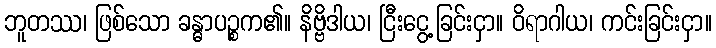
ဘူတဿ၊ ဖြစ်သော ခန္ဓာပဉ္စက၏။ နိဗ္ဗိဒါယ၊ ငြီးငွေ့ခြင်းငှာ။ ဝိရာဂါယ၊ ကင်းခြင်းငှာ။